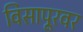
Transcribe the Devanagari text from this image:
विसापूरवर